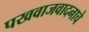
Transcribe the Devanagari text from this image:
पखवाजवादनाचे